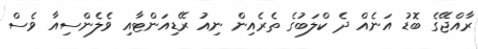
ރާއްޖޭގެ ބޮޑު އަނެއް ދެ ކްލަބުގެ ތެރެއިން ނިއު ރޭޑިއަންޓާއި ވެލެންސިއާ ވެސް